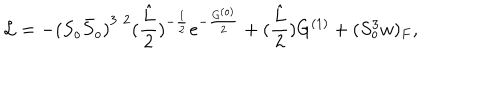
LaTeX: { \cal L } = - { ( S _ { o } { \bar { S } } _ { o } ) } ^ { 3 / 2 } ( \frac { \hat { L } } { 2 } ) ^ { - \frac { 1 } { 2 } } e ^ { - \frac { G ^ { ( o ) } } { 2 } } + ( \frac { \hat { L } } { 2 } ) G ^ { ( 1 ) } + { ( S _ { o } ^ { 3 } w ) _ { F } } ,